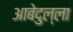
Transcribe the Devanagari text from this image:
आबेदुल्ला